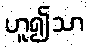
ဟူ၍သာ